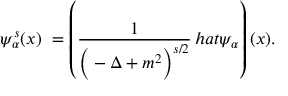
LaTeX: \psi _ { \alpha } ^ { s } ( x ) \ = \left( { \frac { 1 } { \Big ( - \Delta + m ^ { 2 } \Big ) ^ { s / 2 } } } \, h a t { \psi } _ { \alpha } \right) ( x ) .